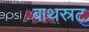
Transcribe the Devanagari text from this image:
बाथस्रट